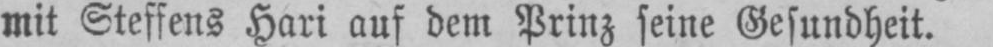
mit Steffens Hari auf dem Prinz seine Gesundheit.